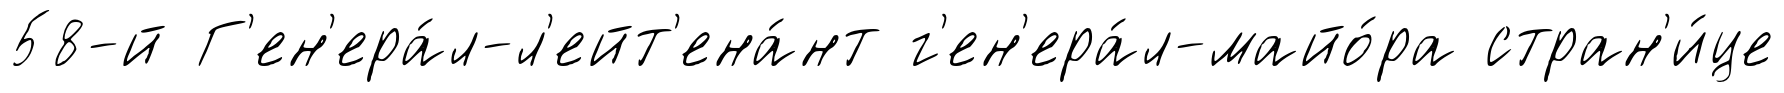
58-й Г'ен'ера́л-л'ейт'ена́нт г'ен'ера́л-майо́ра стран'и́це